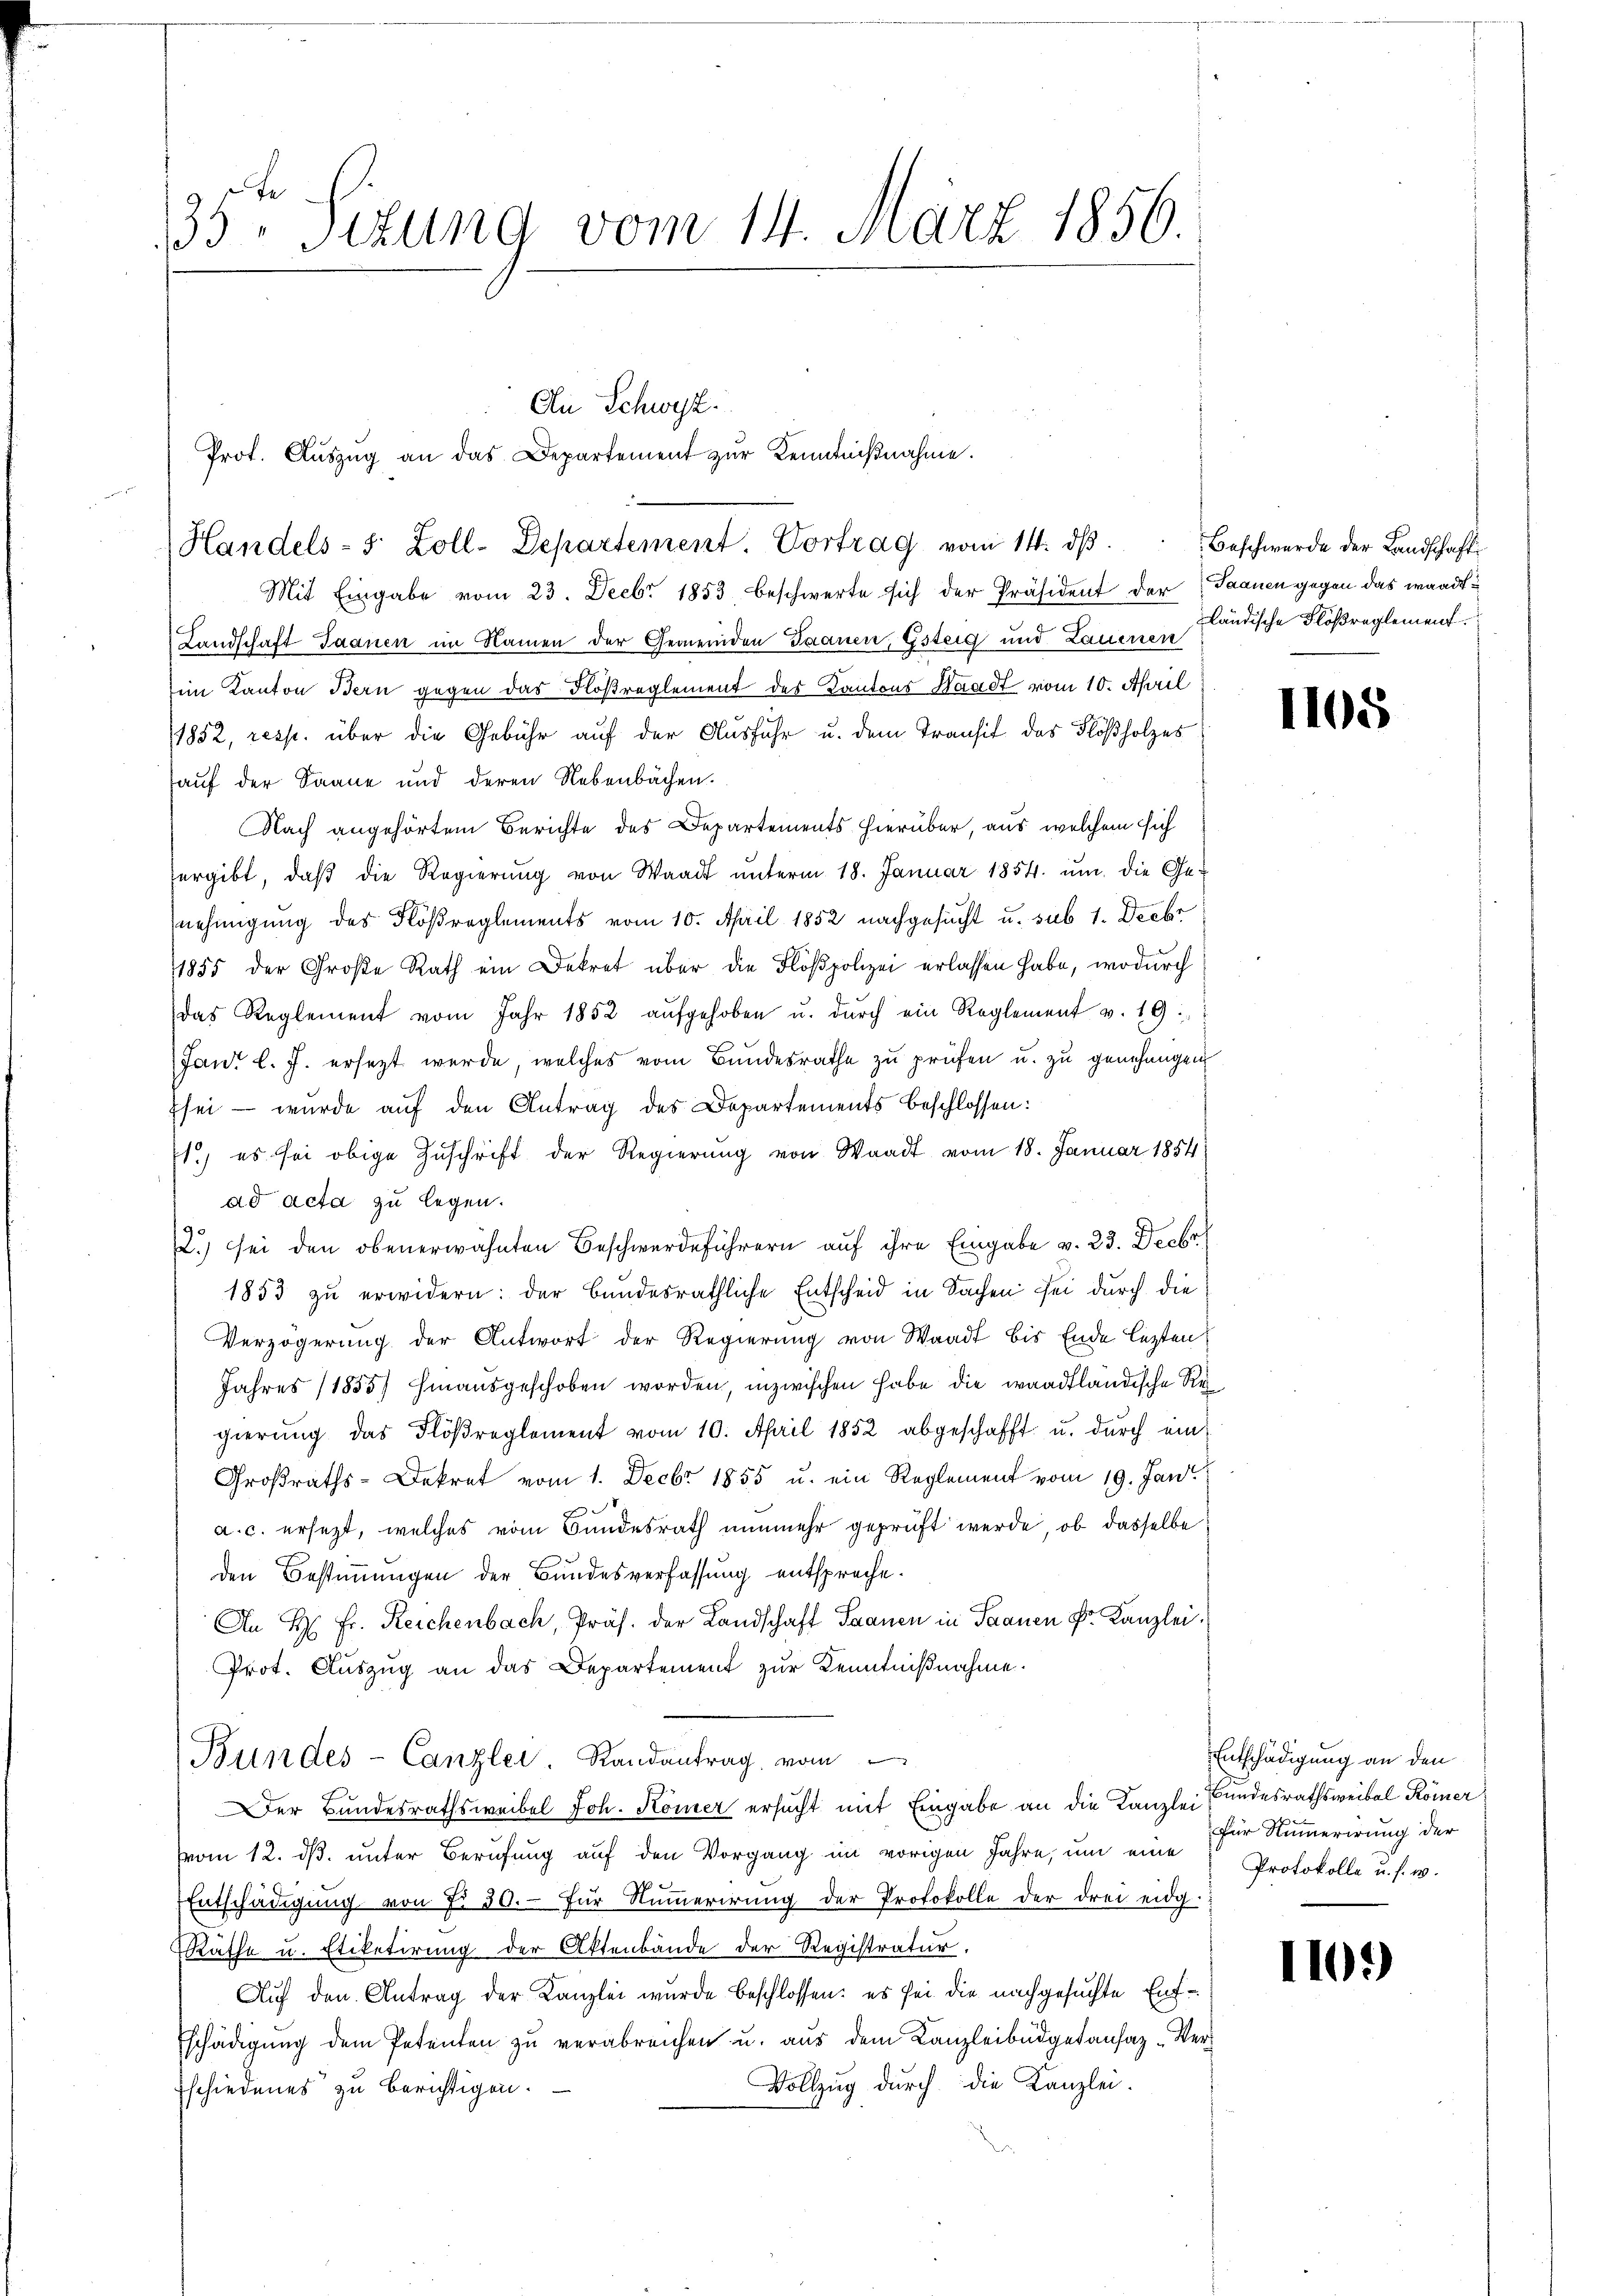
135te Sizung vom 14. März 1856.

An Schwyz.
Prot. Aŭszŭg an das Departement zŭr Kenntnißnahme.
Handels- s. Zoll-Departement. Vortrag vom 14. dβ. Beschwerde der Landschaft

Mit Eingabe vom 23. Decbr 1853 beschwerte sich der Präsident der Saanen gegen das wardt
Landschaft Jaanen im Namen der Gemeinden Saanen, Gsteig und Launen
im Kanton Bern gegen das Floßreglement des Kantons Waadt vom 10. April
1852, resp. über die Gebühr auf der Ausfuhr u. dem Transit des Flößholzes
auf der Saane und deren Nebenbachen.
Nach angehörtem Berichte des Departements hierüber, aus welchem sich
ergibt, daβ die Regierŭng von Waadt ŭnterm 18. Januar 1854. ŭm die Ge-
nehmigung des Flößreglements vom 10. April 1852 nachgesucht u. sub 1. Decbr
1855 der Große Rath ein Dekret über die Flößpolizei erlassen habe, wodurch
das Reglement vom Jahr 1852 aŭfgehoben u. dŭrch ein Reglement v. 19.
Jan. l. J. ersetzt werde, welches vom Bundesrathe zu prüfen u. zu genehmigen
Esei - wurde auf den Antrag des Departements beschlossen:
1.) es sei obige Zuschrift der Regierung von Waadt vom 18. Januar 1854
ad acta zu legen.
.) sei den obenerwähnten Beschwerdeführern auf ihre Eingabe v. 23. Decbr
1853 zu erwidern: der Bundesräthliche Entscheid in Sachen sei durch die
Verzögerung der Antwort der Regierung von Waadt bis Ende lezten
Jahres (1855 hinausgeschoben worden, inzwischen habe die waadtländische Regierung das Flöβreglement vom 10. April 1852 abgeschafft u. durch ein¬
Großraths-Dekret vom 1. Decbr 1855 u. ein Reglement vom 19. Jani
a. c. ersezt, welches vom Bundesrath nunmehr geprüft werde, ob dasselbe
den Bestimmungen der Bundesverfassung entspreche¬
An H: Fr. Reichenbach, Präs. der Landschaft Saanen in Saanen Dr. Kanzlei.
Prot. Auszug an das Departement zur Kenntnißnahme.
Bundes-Canzler. Randantrag vom
er Bundesrathsweibel Joh. Kömer ersucht mit Eingabe an die Kanzlei
vom 12. ds. unter Berufung auf den Vorgang im vorigen Jahre, um eine Protokolle u. s. w.
Entschädigung von Fr. 30. für Numerirung der Protokolle der drei eidg.
Rathe u. Etiketirung der Aktenbände der Registratur.
Auf den Antrag der Kanzlei wurde beschlossen: es sei die nachgesuchte Entschädigŭng dem Petenten zŭ verabreichen u. aŭs dem Kanzleibüdgetansaz-Ver-
Vollzug durch die Kanzlei.
schiedenes zu berichtigen.

ländische Flößreglement.

1105

Entschädigung an den
Bundesrathsweibal Römer
Für Nummerirung der

1109